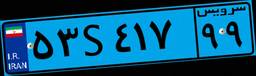
۴۸S۱۳۲۵۷